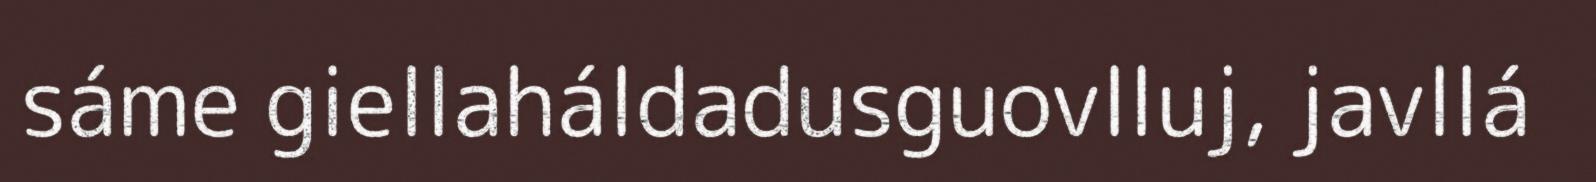
sáme giellaháldadusguovlluj, javllá